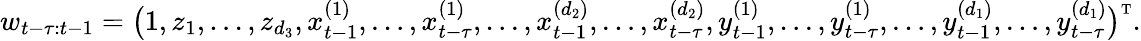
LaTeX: w_{t-\tau:t-1}=\big(1,z_{1},\dots,z_{d_{3}},x_{t-1}^{(1)},\dots,x_{t-\tau}^{(1)},\dots,x_{t-1}^{(d_{2})},\dots,x_{t-\tau}^{(d_{2})},y_{t-1}^{(1)},\dots,y_{t-\tau}^{(1)},\dots,y_{t-1}^{(d_{1})},\dots,y_{t-\tau}^{(d_{1})}\big)^{\mathrm{\scriptscriptstyle T}}.